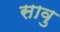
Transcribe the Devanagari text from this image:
सावु